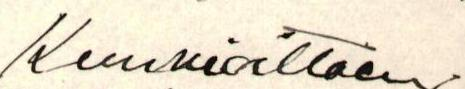
Kunnioittaen